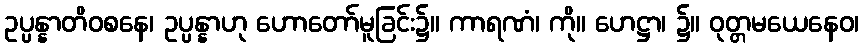
ဥပ္ပန္နာတိဝစနေ၊ ဥပ္ပန္နာဟု ဟောတော်မူခြင်း၌။ ကာရဏံ၊ ကို။ ဟေဋ္ဌာ၊ ၌။ ဝုတ္တမယေနေဝ၊